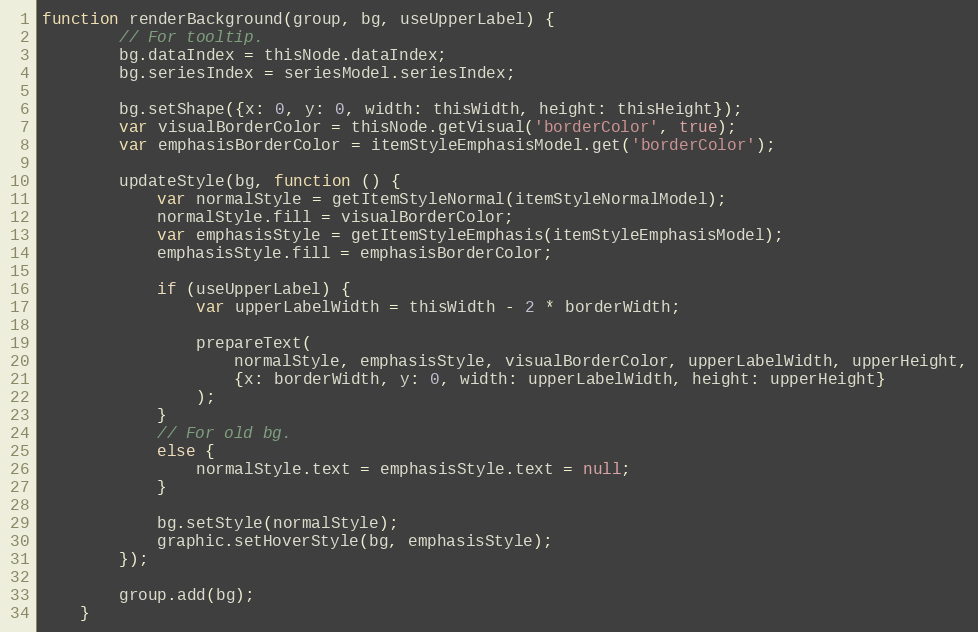
Language: JavaScript
function renderBackground(group, bg, useUpperLabel) {
        // For tooltip.
        bg.dataIndex = thisNode.dataIndex;
        bg.seriesIndex = seriesModel.seriesIndex;

        bg.setShape({x: 0, y: 0, width: thisWidth, height: thisHeight});
        var visualBorderColor = thisNode.getVisual('borderColor', true);
        var emphasisBorderColor = itemStyleEmphasisModel.get('borderColor');

        updateStyle(bg, function () {
            var normalStyle = getItemStyleNormal(itemStyleNormalModel);
            normalStyle.fill = visualBorderColor;
            var emphasisStyle = getItemStyleEmphasis(itemStyleEmphasisModel);
            emphasisStyle.fill = emphasisBorderColor;

            if (useUpperLabel) {
                var upperLabelWidth = thisWidth - 2 * borderWidth;

                prepareText(
                    normalStyle, emphasisStyle, visualBorderColor, upperLabelWidth, upperHeight,
                    {x: borderWidth, y: 0, width: upperLabelWidth, height: upperHeight}
                );
            }
            // For old bg.
            else {
                normalStyle.text = emphasisStyle.text = null;
            }

            bg.setStyle(normalStyle);
            graphic.setHoverStyle(bg, emphasisStyle);
        });

        group.add(bg);
    }